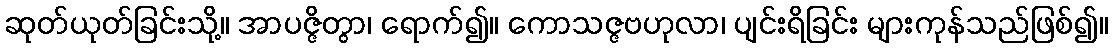
ဆုတ်ယုတ်ခြင်းသို့။ အာပဇ္ဇိတွာ၊ ရောက်၍။ ကောသဇ္ဇဗဟုလာ၊ ပျင်းရိခြင်း များကုန်သည်ဖြစ်၍။